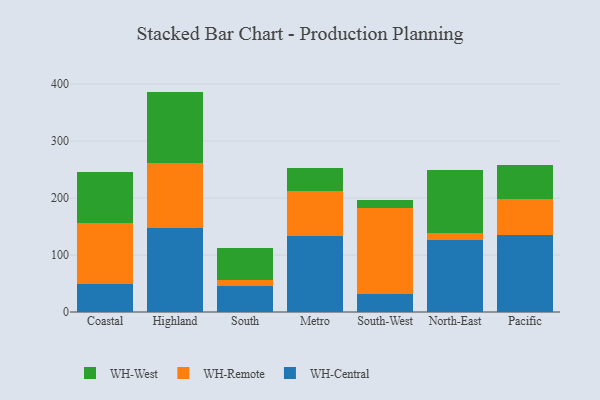
{"axis": {"x": "Region", "y": "Headcount"}, "legend": ["WH-Central", "WH-Remote", "WH-West"], "data": [{"x": "Coastal", "y": 49.2, "type": "WH-Central"}, {"x": "Coastal", "y": 107.7, "type": "WH-Remote"}, {"x": "Coastal", "y": 88.5, "type": "WH-West"}, {"x": "Highland", "y": 147.0, "type": "WH-Central"}, {"x": "Highland", "y": 114.6, "type": "WH-Remote"}, {"x": "Highland", "y": 125.3, "type": "WH-West"}, {"x": "South", "y": 45.3, "type": "WH-Central"}, {"x": "South", "y": 10.6, "type": "WH-Remote"}, {"x": "South", "y": 55.7, "type": "WH-West"}, {"x": "Metro", "y": 133.2, "type": "WH-Central"}, {"x": "Metro", "y": 78.7, "type": "WH-Remote"}, {"x": "Metro", "y": 40.8, "type": "WH-West"}, {"x": "South-West", "y": 30.9, "type": "WH-Central"}, {"x": "South-West", "y": 152.3, "type": "WH-Remote"}, {"x": "South-West", "y": 12.9, "type": "WH-West"}, {"x": "North-East", "y": 126.5, "type": "WH-Central"}, {"x": "North-East", "y": 11.4, "type": "WH-Remote"}, {"x": "North-East", "y": 111.4, "type": "WH-West"}, {"x": "Pacific", "y": 135.5, "type": "WH-Central"}, {"x": "Pacific", "y": 62.9, "type": "WH-Remote"}, {"x": "Pacific", "y": 60.4, "type": "WH-West"}]}